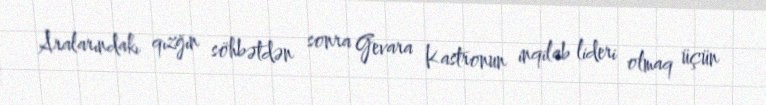
Aralarındakı qızğın söhbətdən sonra Gevara Kastronun inqilab lideri olmaq üçün